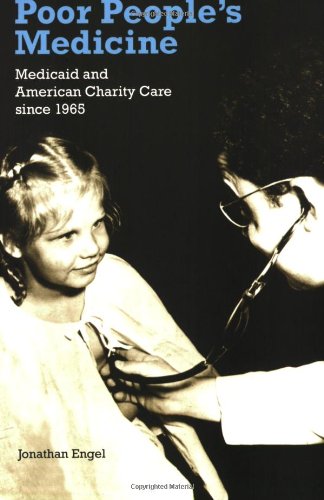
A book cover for Poor People's Medicine: Medicaid and American Charity Care since 1965; Jonathan Engel; Medical Books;